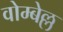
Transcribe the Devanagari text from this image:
वोम्बेल्ल